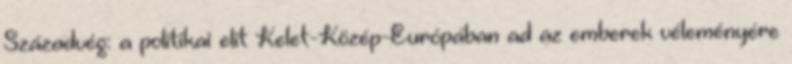
Századvég: a politikai elit Kelet-Közép-Európában ad az emberek véleményére